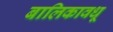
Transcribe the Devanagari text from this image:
बालिकावधू